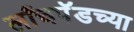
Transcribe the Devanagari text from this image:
लाँचपॅडच्या